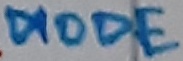
Text: DIODE